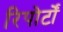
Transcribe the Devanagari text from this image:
रिपोर्टाें